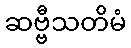
ဆဗ္ဗီသတိမံ